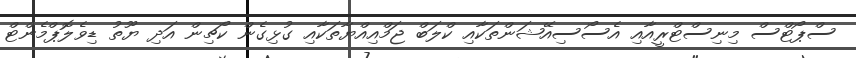
ސްޕޯޓްސް މިނިސްޓްރީއާއި އެސޯސިއޭޝަންތަކާއި ކްލަބް ޖަމްއިއްޔާތަކާއި ގުޅިގެން ކޯޗިން އަދި ޔޫތު ޑިވެލޮޕްމެންޓް